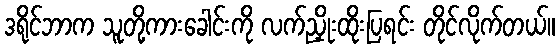
ဒရိုင်ဘာက သူတို့ကားခေါင်းကို လက်ညှိုးထိုးပြရင်း တိုင်လိုက်တယ်။